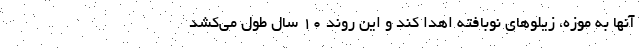
آنها به موزه، زیلوهای نوبافته اهدا کند و این روند ۱۰ سال طول می‌کشد